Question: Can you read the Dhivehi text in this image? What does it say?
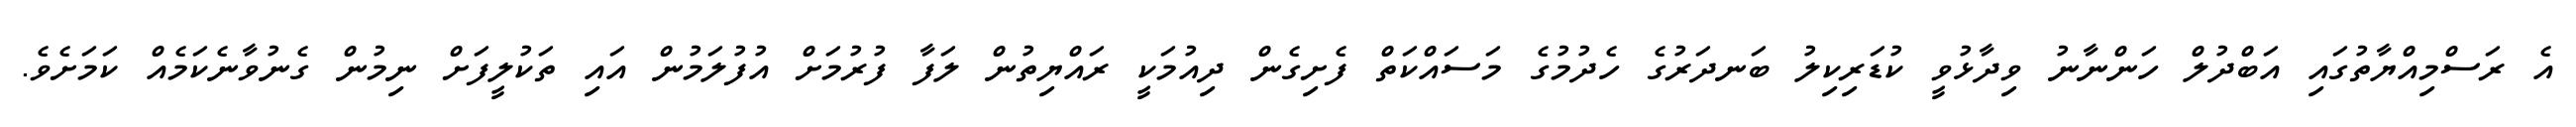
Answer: އެ ރަސްމިއްޔާތުގައި އަބްދުލް ހަންނާނު ވިދާޅުވީ ކުޑަރިކިލު ބަނދަރުގެ ހެދުމުގެ މަސައްކަތް ފެށިގެން ދިއުމަކީ ރައްޔިތުން ލަފާ ފުރުމަށް އުފުލަމުން އައި ތަކުލީފަށް ނިމުން ގެނުވާނެކަމެއް ކަމަށެވެ.